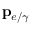
\mathbf { p } _ { e / \gamma }